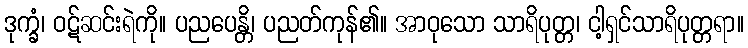
ဒုက္ခံ၊ ဝဋ်ဆင်းရဲကို။ ပညပေန္တိ၊ ပညတ်ကုန်၏။ အာဝုသော သာရိပုတ္တ၊ ငါ့ရှင်သာရိပုတ္တရာ။